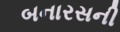
બનારસની